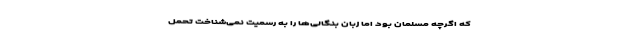
که اگرچه مسلمان بود اما زبان بنگالی‌ها را به رسمیت نمی‌شناخت تحمل